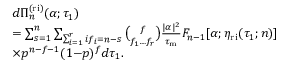
\begin{array} { r l } & { d \Pi _ { n } ^ { \mathrm { ( r i ) } } ( \alpha ; \tau _ { 1 } ) } \\ & { = \sum _ { s = 1 } ^ { n } \sum _ { \sum _ { i = 1 } ^ { r } i f _ { i } = n - s } \binom { f } { f _ { 1 } \ldots f _ { r } } \frac { | \alpha | ^ { 2 } } { \tau _ { \mathrm { m } } } F _ { n - 1 } [ \alpha ; \eta _ { \mathrm { r i } } ( \tau _ { 1 } ; n ) ] } \\ & { \times p ^ { n - f - 1 } ( 1 { - } p ) ^ { f } d \tau _ { 1 } . } \end{array}